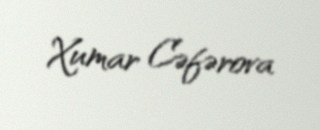
Xumar Cəfərova